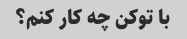
با توکن چه کار کنم؟